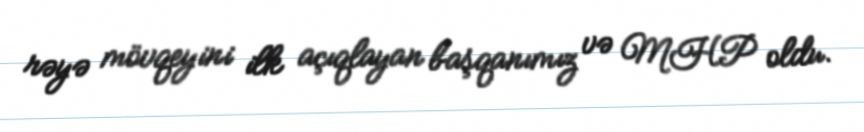
rəyə mövqeyini ilk açıqlayan başqanımız və MHP oldu.